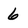
Character: 6